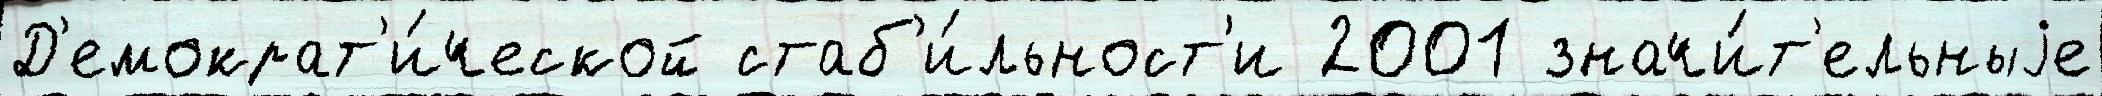
Д'емократ'и́ческой стаб'и́льност'и 2001 значи́т'ельныjе